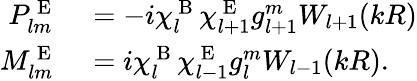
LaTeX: \begin{array}{rl}{P_{lm}^{\mathrm{~E~}}}&{{}=-i\chi_{l}^{\mathrm{~B~}}\chi_{l+1}^{\mathrm{~E~}}g_{l+1}^{m}W_{l+1}(kR)}\\ {M_{lm}^{\mathrm{~E~}}}&{{}=i\chi_{l}^{\mathrm{~B~}}\chi_{l-1}^{\mathrm{~E~}}g_{l}^{m}W_{l-1}(kR).}\end{array}